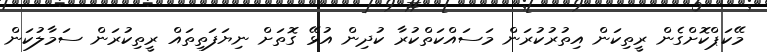
މޭކަޕްކޮށްގެން ރީތިކަން އިތުރުކުރަން މަސައްކަތްކުރާ ކުދިން އުޅޭ ގޮތަށް ނިޔަފަތިތައް ރީތިކުރަން ސަމާލުކަން